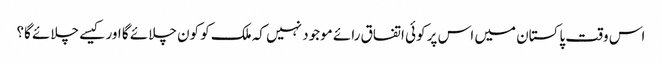
اس وقت پاکستان میں اس پر کوئی اتفاق رائے موجود نہیں کہ ملک کو کون چلائے گا اور کیسے چلائے گا؟